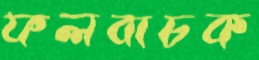
ফলবাচক